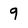
Character: 9